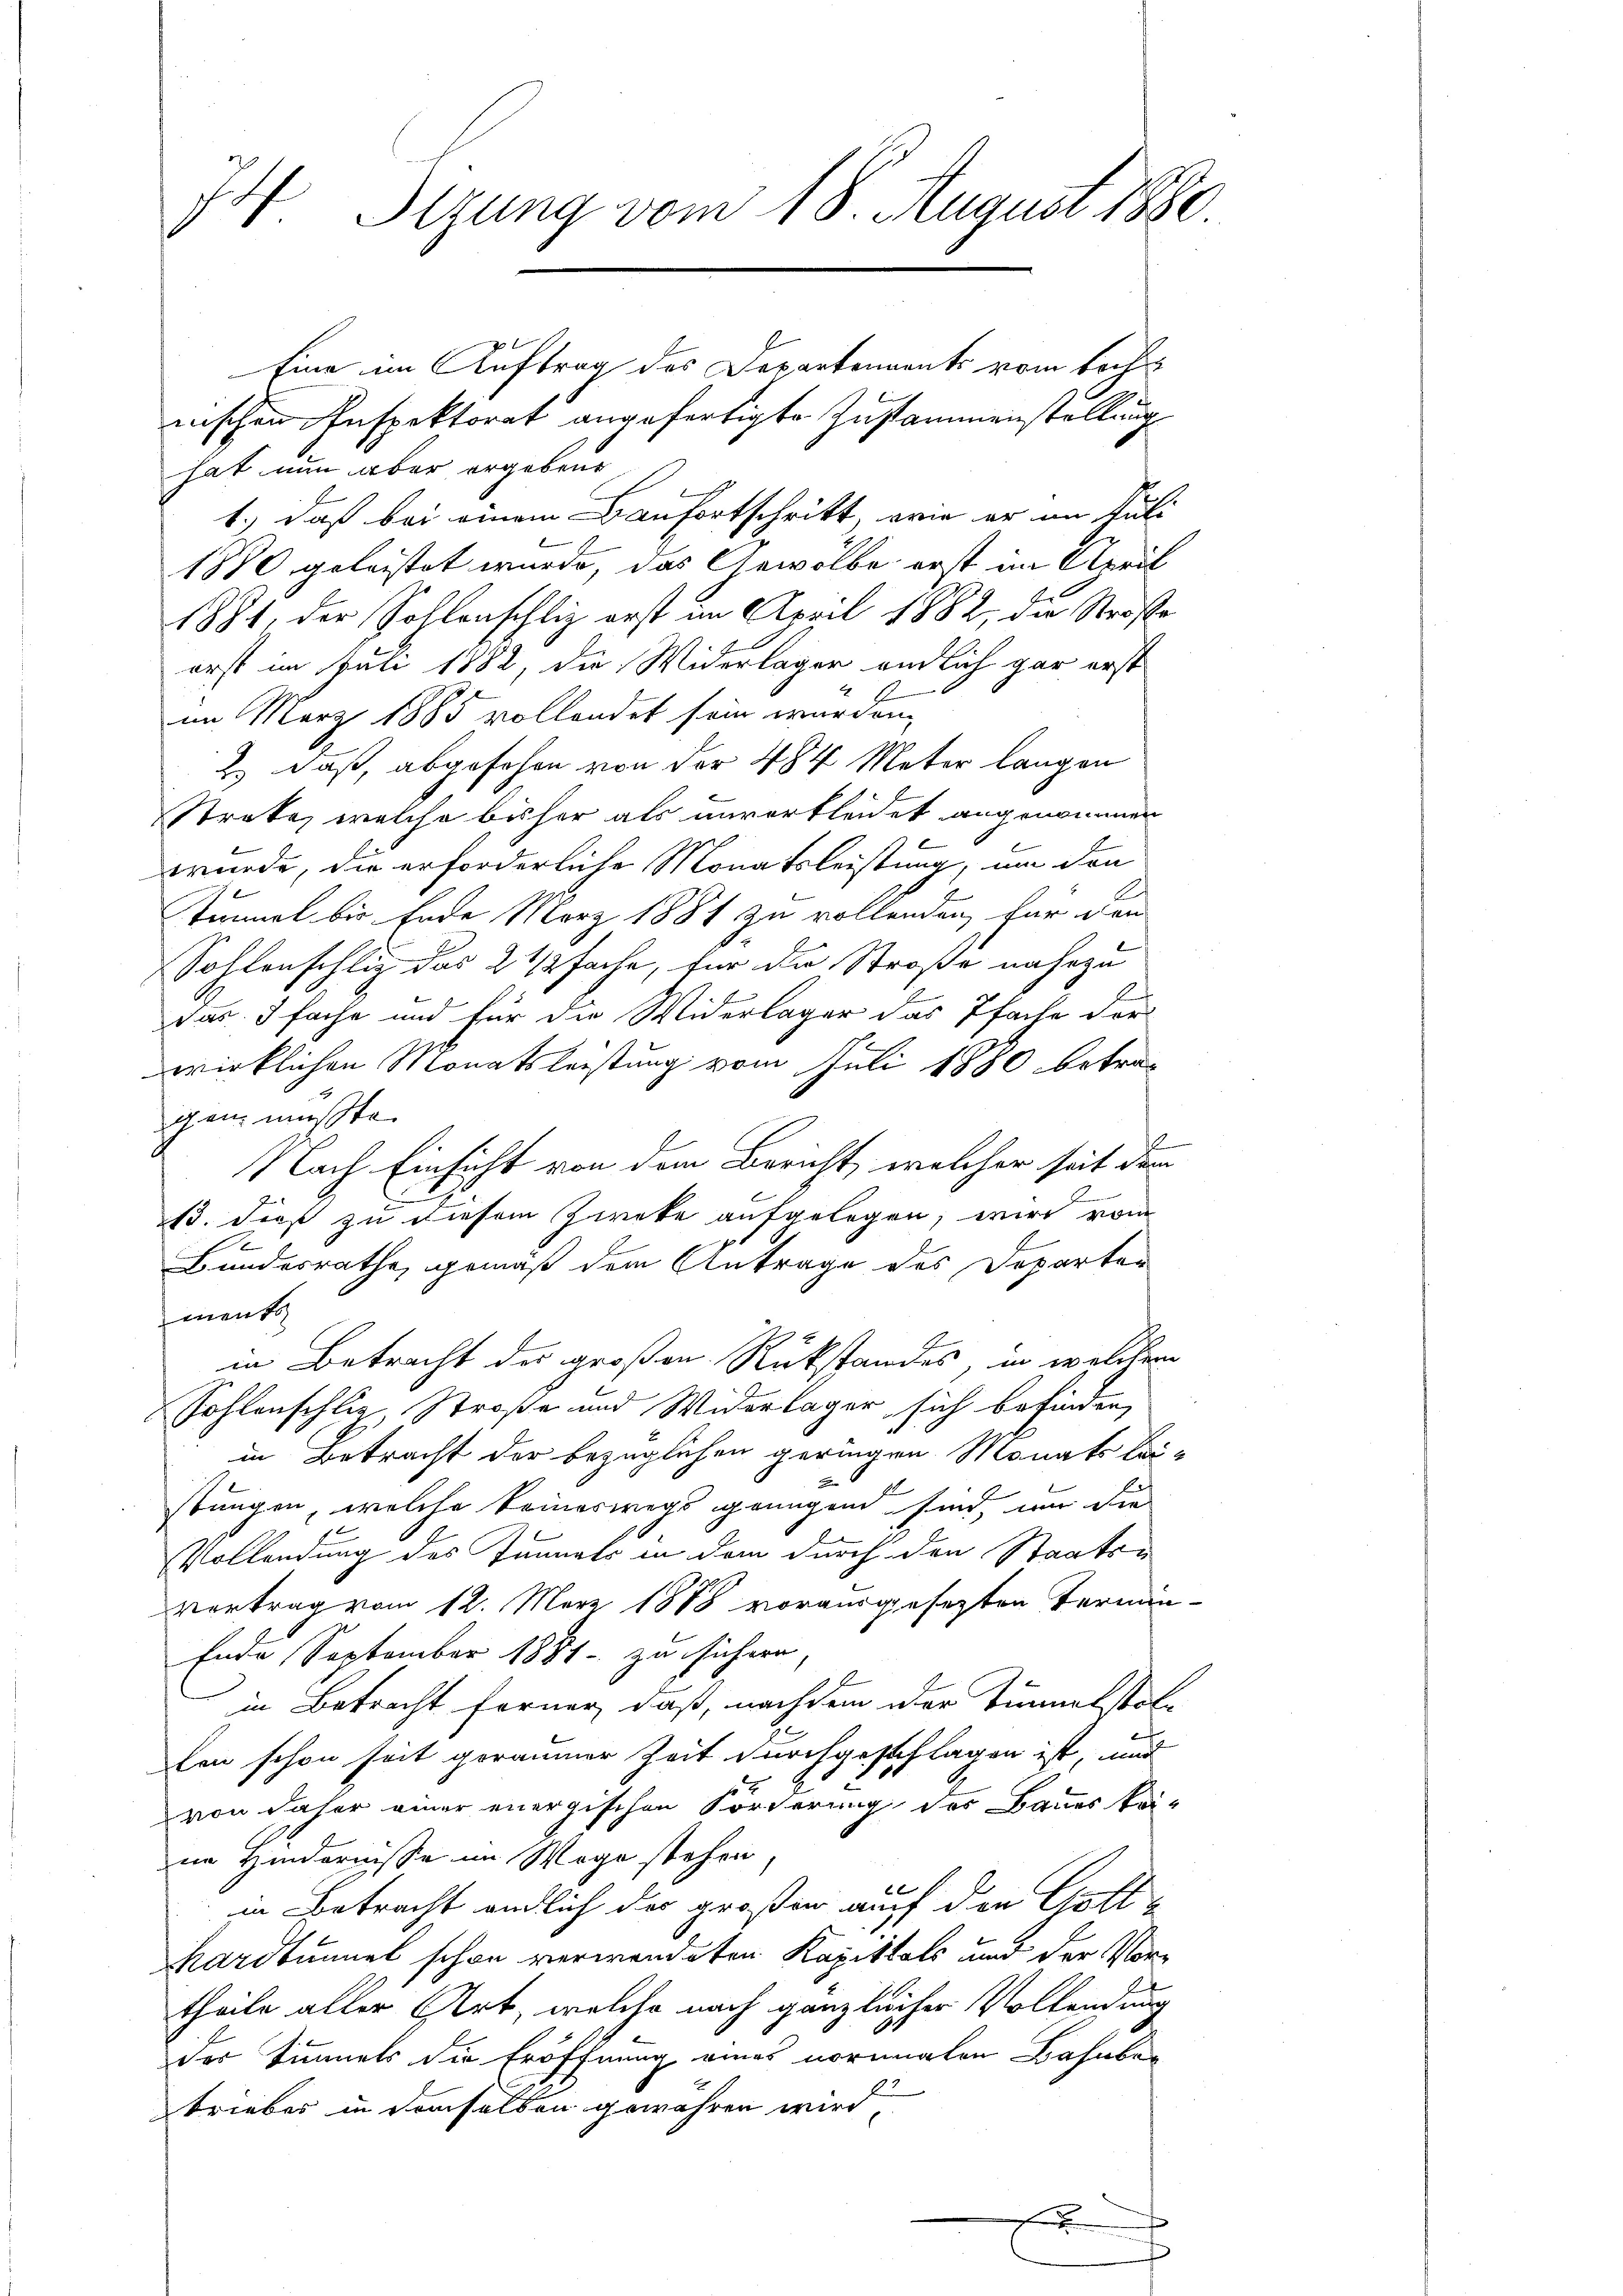
74. Sizung vom 18. August 1880
Eine im Auftrag des Departenannts vom Bach¬

nischen Inspektorat angefertigte Zustammenstellung
hat nun aber ergebene
1.) Daß bei einem Baufortschritt, wie er im Jul
1880 geleistet wurde, das Gewölbe erst im April
1881, der Sohlenschlig erst im April 1882, die Straße
erst im Juli 1882, die Widerlager endlich gar erst
im März 1885 vollendet sein wurden.
2.) daß, abgesehen von der 484 Meter langen
Streke, welche bisher als unverkleidet angenommen
wurde, die erforderliche Monatsleistung, um den
tümmel bis Ende März 1881 zu vollenden, für den
Sohlenschlig das 2 1/2fache, für die Straße nahezu
das fache und für die Widerlager das Pfache der
wirklichen Monatsleistung vom Juli 1880 betragen müßte.
Nach Einsicht von dem Bericht, welcher seit dem
13. dieß zu diesem Zweke aufgelegen, wird vom
e
Bundesrathe gemäß dem Antrage des Departen
ments
in Betracht der großen Rükstandes, in welchem
sohlenschlig Straße und Widerlager sich befinden,
in Betracht der bezüglichen geringen Monats Lei-
stungen, welche keineswegs genügend sind, wir die
Vollendung des Tunnels in dem durch den Staatsvertrag vom 12. März 1888 vorausgesetzten Ternan¬
Ende September 1881 zu sichern,
in Betracht ferner, daß, nachdem der Sinnerstellen schon seit geraumer Zeit durchgeschlagen ist, und
von daher einer energischen Forderung des Baues keine Hindernisse im Wege stehen
in Betracht endlich der großen auf den Gott¬
Kardtunnel schon verwendeten Kapittels und der Vortheile aller Art, welche nach gänzlicher Vollendung
der Tunnels die Eröffnung eines normalen Bahnber
triebes in demselben gewähren wird,
x

6